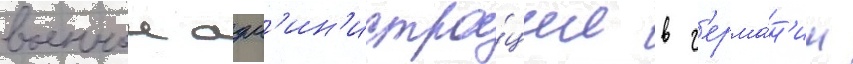
военнои адм'ин'истра́ции в г'ерма́н'ии